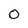
Character: O